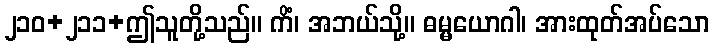
၂၁၀+၂၁၁+ဤသူတို့သည်။ ကိံ၊ အဘယ်သို့။ ဓမ္မယောဂါ၊ အားထုတ်အပ်သော